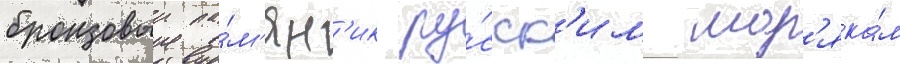
бронзовыи па́м'ятн'ик ру́сск'им мор'яка́м